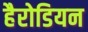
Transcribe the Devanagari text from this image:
हैरोडियन